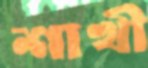
শাখী